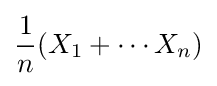
{\frac {1}{n}}(X_{1}+\cdots X_{n})